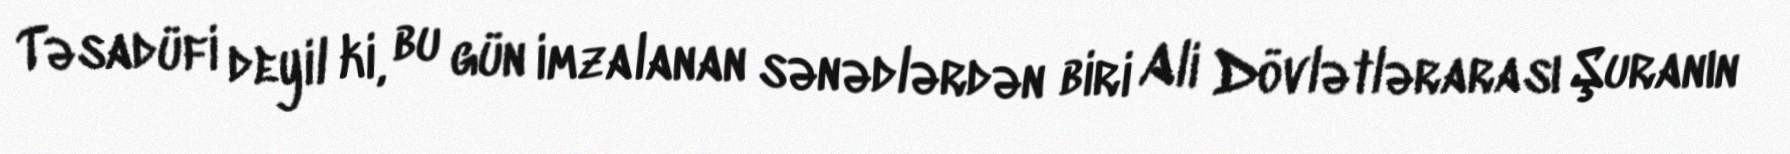
Təsadüfi deyil ki, bu gün imzalanan sənədlərdən biri Ali Dövlətlərarası Şuranın